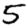
Digit: 5